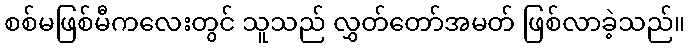
စစ်မဖြစ်မီကလေးတွင် သူသည် လွှတ်တော်အမတ် ဖြစ်လာခဲ့သည်။